Vaccination United Provinces of Agra and Oudh 1902-1913 - 1902-1913
Year: 1902
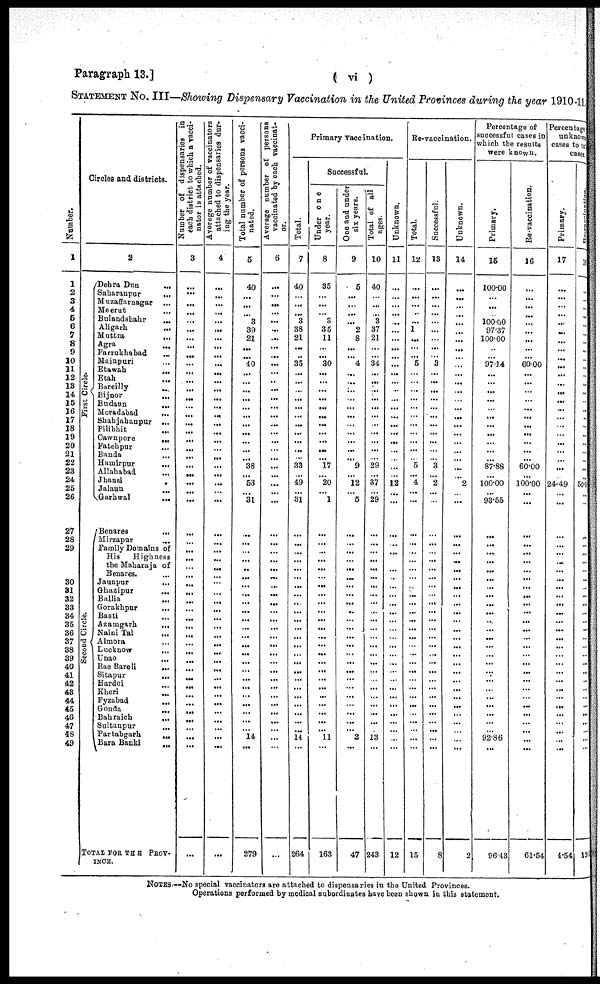
Paragraph 13.]
( vi )
STATEMENT NO. III—Showing Dispensary Vaccination in the United Provinces during the year 1910-11.
Number.
1
1
2
3
4
5
6
7
8
9
10
11
12
13
14
15
16
17
18
19
20
21
22
23
24
25
26
27
28
29
30
31
32
33
34
35
36
37
38
39
40
41
42
43
44
45
46
47
48
49
Circles and districts.
First Circle.
Second Ci r cl e.
2
Dehra Dun
...
Saharanpur
...
Muzaffarnagar ...
Meerut ...
Bulandshahr
...
Aligarh ...
Muttra
...
Agra ...
Farrukhabad ...
Mainpuri ...
Etawah
...
Etah ...
Bareilly ...
Bijnor
...
Budaun
...
Moradabad
...
Shahjahanpur
...
Pilibhit ...
Cawnpore
...
Fatehpur
...
Banda ...
Hamirpur
...
Allahabad ...
Jhansi
...
Jalaun
...
Garhwal ...
Benares
...
Mirzapur ...
Family Domains of
His Highness
the Maharaja of
Benares. ...
Jaunpur ...
Ghazipur ...
Ballia ...
Gorakhpur ...
Basti ...
Azamgarh
...
Naini Tal ...
Almora ...
Lucknow ...
Unao
...
Rae Bareli
...
Sitapur
...
Hardoi ...
Kheri ...
Fyzabad
...
Gonda ...
Bahraich
...
Sultanpur
...
Partabgarh
...
Bara Banki
...
TOTAL FOR THE PROV-
INCE.
Number of dispensaries in
each district to which a vacci-
nator is attached.
3
...
...
...
... ...
...
...
...
...
...
...
...
...
...
...
...
...
... ...
...
...
...
...
...
...
...
...
...
...
...
...
...
...
...
...
...
...
...
...
...
...
...
...
...
...
...
...
...
...
...
...
...
...
Average number of vaccinators
attached to dispensaries dur-
ing the year.
4
...
...
...
...
...
...
...
...
...
...
...
...
...
...
...
...
...
...
...
...
...
...
...
...
...
...
...
...
...
...
...
...
...
...
...
...
...
...
...
...
...
...
...
...
...
...
...
...
...
...
...
...
...
Total number of persons vacci-
nated.
5
40
...
...
...
3
39
21
...
...
40
...
...
...
...
...
...
...
...
...
...
...
38
...
53
...
31
...
...
...
...
...
...
...
...
...
...
...
...
...
...
...
...
...
...
...
...
...
...
...
...
14
...
279
Average number of persons
vaccinated by each vaccinat-
or.
6
...
...
...
...
...
...
...
...
...
...
...
...
...
...
...
...
...
...
...
...
...
...
...
...
...
...
...
...
...
...
...
...
... ...
...
...
...
...
...
...
...
...
...
...
...
...
...
...
...
...
...
...
...
Primary vaccination.
Total.
7
40
...
...
... 3
38
21
...
...
35
...
...
...
...
...
...
...
...
...
...
...
33
...
49
...
31
...
...
...
...
...
...
...
...
...
...
...
...
...
...
...
...
...
...
...
...
...
...
...
...
14
...
264
Saccessful.
Under one
year.
8
35
...
...
... 3
35
11
...
... 30
...
...
...
...
...
...
...
... ...
...
... l7
...
20
...
1
...
...
...
...
...
...
...
...
... ...
...
...
... ...
...
...
...
...
...
...
...
...
...
...
11
...
163
One and under
six years.
9
5
...
...
...
...
2
8
...
... 4
...
...
...
...
...
...
...
...
...
...
... 9
...
12
... 5
...
...
...
...
...
...
...
...
...
...
...
...
...
...
...
...
...
...
...
...
...
...
...
...
2
...
47
Total of all
ages.
10
40
...
...
... 3
37
21
...
... 34
...
...
...
...
...
...
...
...
...
...
... 29
...
37
...
29
...
...
...
...
...
...
...
...
...
...
...
...
...
...
...
...
...
...
...
...
...
...
...
...
13
...
243
Unknown.
11
...
...
...
...
...
...
...
...
...
...
...
...
...
...
...
...
...
...
...
...
...
...
...
12
...
...
...
...
...
...
...
...
...
...
...
...
...
...
...
...
...
...
...
...
...
...
...
...
...
...
...
...
12
Re-vaccination.
Total.
12
...
...
...
...
...
1
...
...
... 5
...
...
...
...
...
...
...
...
...
...
... 5
... 4
...
...
...
...
...
...
...
...
...
...
...
...
...
...
...
...
...
...
...
...
...
...
...
...
...
...
...
...
15
Successful.
13
...
...
...
...
...
...
...
...
... 3
...
...
...
...
...
...
...
...
...
...
... 3
... 2
...
...
...
...
...
...
...
...
...
...
...
...
...
...
...
...
...
...
...
...
...
...
...
...
...
...
...
...
8
Unknown.
14
...
...
...
... ...
...
...
...
...
...
...
...
...
...
...
...
...
...
...
...
...
...
... 2
...
...
...
...
...
...
...
...
...
...
... ...
...
...
...
...
...
...
...
...
...
...
...
...
...
...
...
2
Percentage of
successful cases in
which the results
were known.
Primary.
15
100.00
...
...
... 100.00
97.37
100.00
...
...
97.14
...
...
...
...
...
...
...
...
...
... 87.88
...
100.00
...
93.55
...
...
...
...
...
...
...
...
...
...
...
...
... ...
...
...
...
...
...
...
...
...
...
...
92.86
...
96.43
Re-vaccination.
16
...
...
...
...
...
...
...
...
...
60.00
...
...
...
...
...
...
...
...
...
...
...
60.00
...
100.00
...
...
...
...
...
...
...
...
...
...
...
...
...
...
...
...
...
...
...
...
...
...
...
...
...
...
...
...
61.54
Percentage
unknwns
cases to to:
cases.
Primary.
17
...
...
...
...
...
...
...
...
...
...
...
...
...
...
...
...
...
...
...
...
... ...
...
24.49
...
...
...
...
...
...
...
...
...
...
...
...
...
...
...
...
...
...
...
...
...
...
...
...
...
...
...
...
4.54
11
...
...
...
...
...
...
...
...
...
...
...
...
...
...
...
...
...
...
...
...
...
...
...
50.0
...
...
...
...
...
...
...
...
... ...
...
...
...
...
...
...
...
...
...
...
...
...
...
...
...
...
...
...
13.1
NOTES.—No special vaccinators are attached to dispensaries in the United Provinces.
Operations performed by medical subordinates have been shown in this statement.